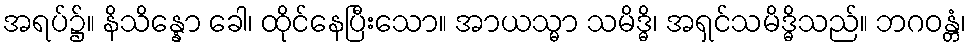
အရပ်၌။ နိသိန္နော ခေါ၊ ထိုင်နေပြီးသော။ အာယသ္မာ သမိဒ္ဓိ၊ အရှင်သမိဒ္ဓိသည်။ ဘဂဝန္တံ၊